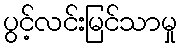
ပွင့်လင်းမြင်သာမှု